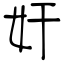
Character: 奸